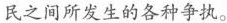
民之间所发生的各种争执。